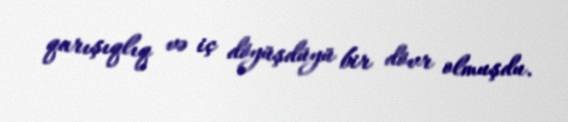
qarışıqlıq və iç döyüşdüyü bir dövr olmuşdu.